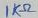
Text: 1KΩ